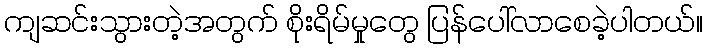
ကျဆင်းသွားတဲ့အတွက် စိုးရိမ်မှုတွေ ပြန်ပေါ်လာစေခဲ့ပါတယ်။